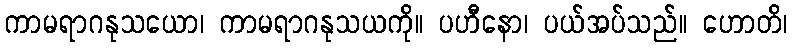
ကာမရာဂနုသယော၊ ကာမရာဂနုသယကို။ ပဟီနော၊ ပယ်အပ်သည်။ ဟောတိ၊